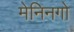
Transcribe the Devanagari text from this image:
मेनिनगो